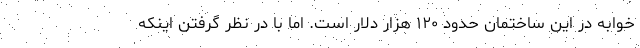
خوابه در این ساختمان حدود ۱۲۰ هزار دلار است. اما با در نظر گرفتن اینکه